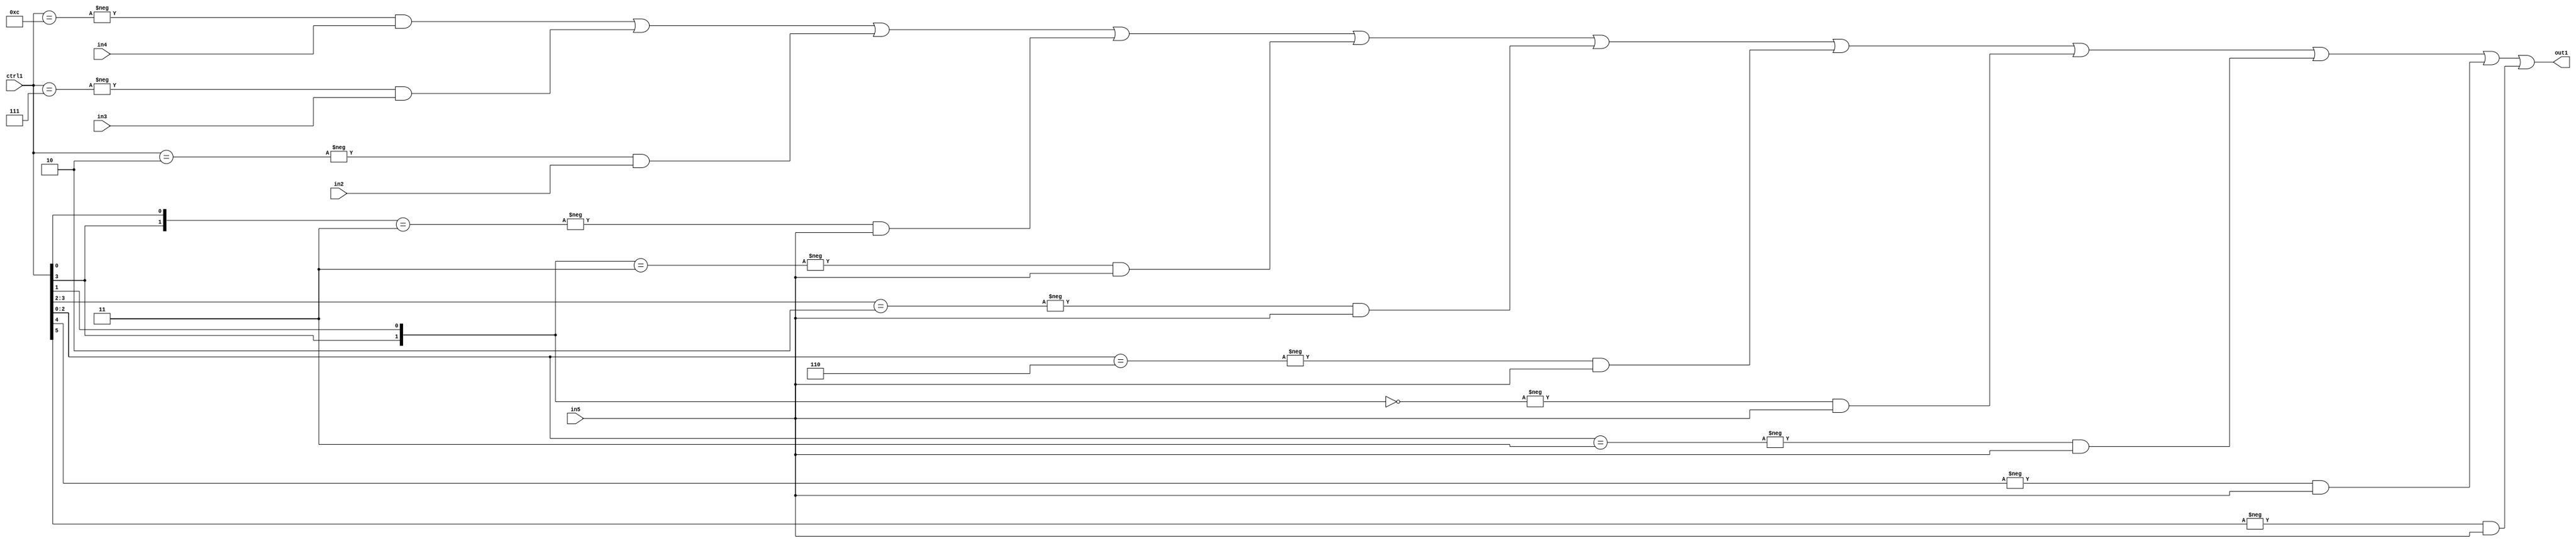
`timescale 1ps / 1ps
/*****************************************************************************
    Verilog RTL Description
    
    
    Created by: Stratus DpOpt 21.05.01 
*******************************************************************************/

module SobelFilter_N_Mux_32_4_49_1 (
	in5,
	in4,
	in3,
	in2,
	ctrl1,
	out1
	); /* architecture "behavioural" */ 
input [31:0] in5;
input [8:0] in4,
	in3,
	in2;
input [5:0] ctrl1;
output [31:0] out1;
wire [31:0] asc001;

assign asc001 = 
	-{ctrl1 == 6'B001100} & in4 |
	-{ctrl1 == 6'B000111} & in3 |
	-{ctrl1 == 6'B000010} & in2 |
	-{{ctrl1[3], ctrl1[0]} == 2'B11} & in5 |
	-{{ctrl1[3], ctrl1[1]} == 2'B11} & in5 |
	-{ctrl1[3:2] == 2'B10} & in5 |
	-{ctrl1[2:0] == 3'B110} & in5 |
	-{{ctrl1[3], ctrl1[1]} == 2'B00} & in5 |
	-{ctrl1[2:0] == 3'B011} & in5 |
	-{ctrl1[4] == 1'B1} & in5 |
	-{ctrl1[5] == 1'B1} & in5 ;

assign out1 = asc001;
endmodule

/* CADENCE  vbD3TQE= : u9/ySxbfrwZIxEzHVQQV8Q== ** DO NOT EDIT THIS LINE ******/